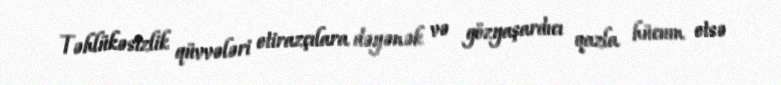
Təhlükəsizlik qüvvələri etirazçılara dəyənək və gözyaşardıcı qazla hücum etsə